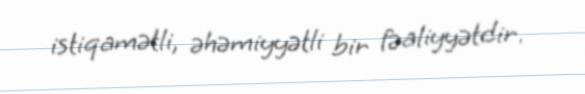
istiqamətli, əhəmiyyətli bir fəaliyyətdir.